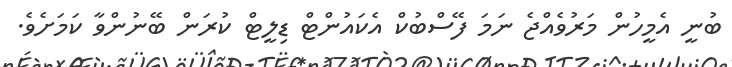
ބުނީ އެމީހުން މަރުވެއްޖެ ނަމަ ފޭސްބުކް އެކައުންޓް ޑިލީޓް ކުރަން ބޭނުންވާ ކަމަށެވެ.